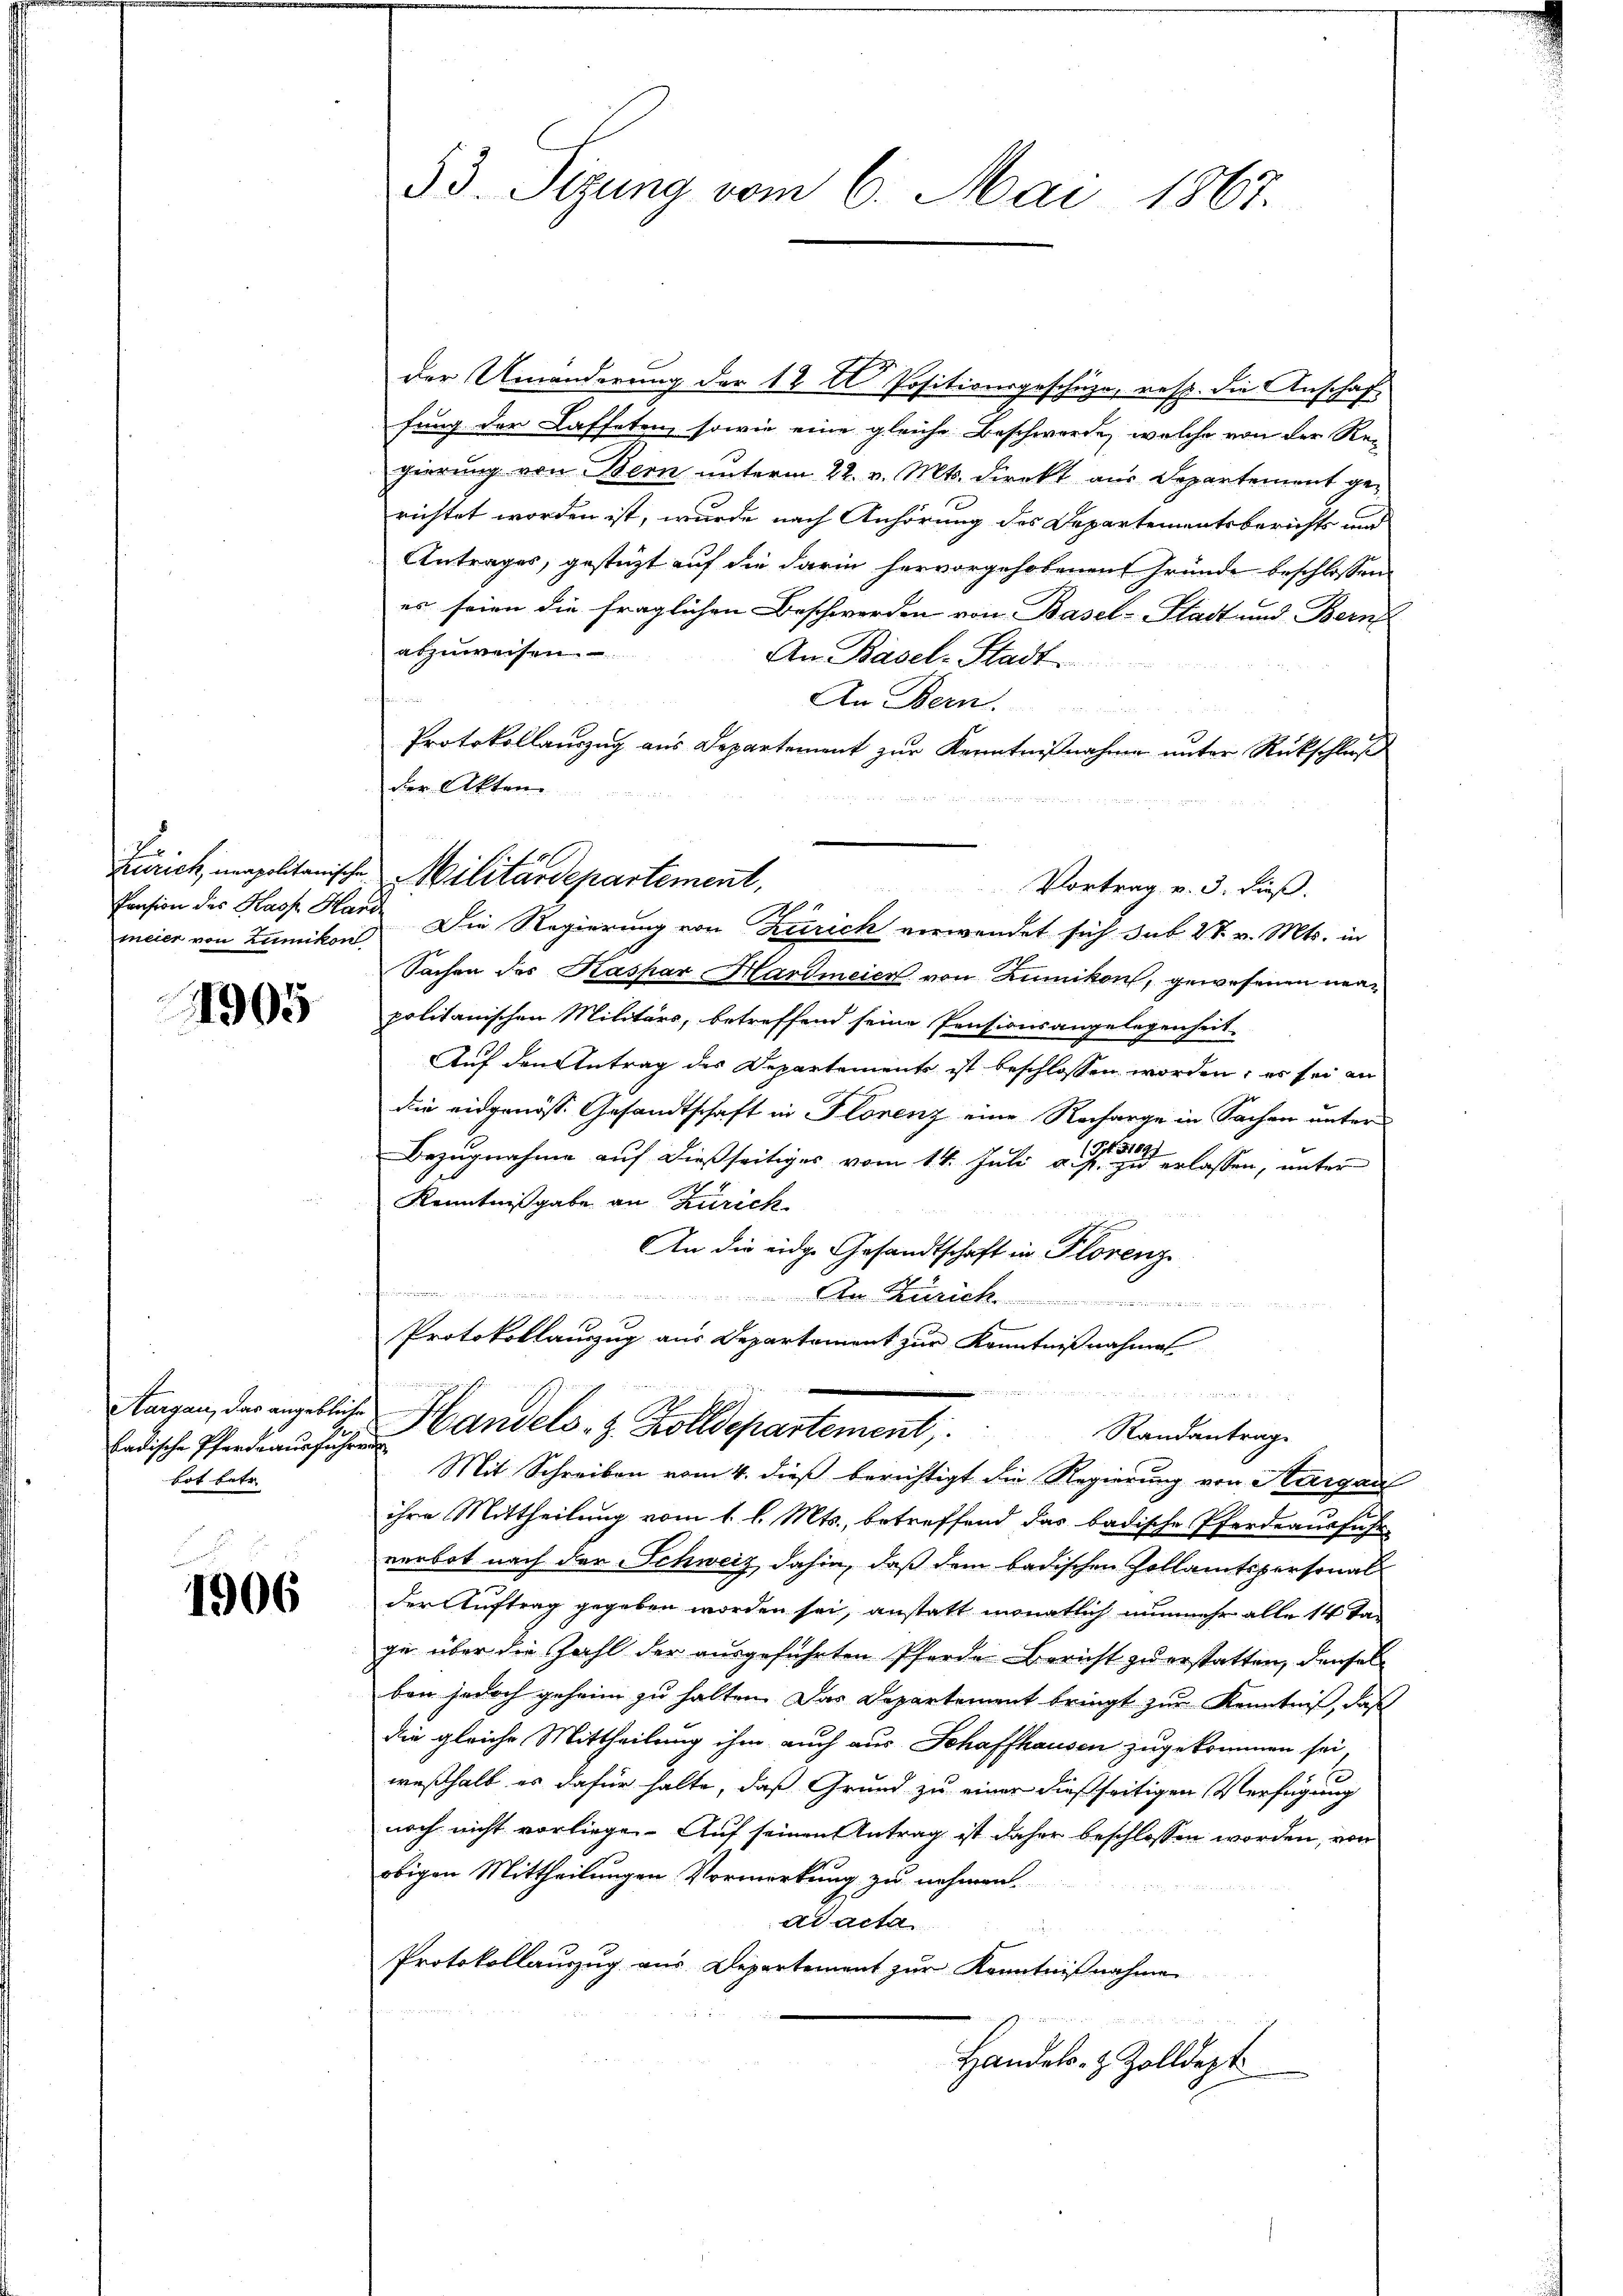
Pension des Kasp. Han
meier von Zumikon

1905

Aargau, das angebliche
Eadische Pfarre ausführe
bot betr.

1906.

53. Sitzung vom 6. Mai 1867.

der Umänderung der 12 t Positionsgeschäze, resp. die Anschaft
fung der Kaffeten, sowie eine gleiche Beschwerde, welche von der Re-
gierung von Bern unterm 22. v. Mts. direkt aus Departement gerichtet worden ist, wurde nach Anhörung des Departementsberichts und
Antrages, gestüzt auf die darin hervorgehobenen Gründe beschlossen
es seien die fraglichen Beschwerden von Basel-Stadt und Bern
abzuweisen.
An Basel-Stadt
An Bern.
u
Protokollauszug aus Departement zŭr Kenntniβnahme ŭnter Rückschluß
der Akten.
21
Die Regierung von Zürich verwendet sich sub 28. v. Mts. in
Sachen des Kaspar Hardmeier von Zumikon, gewesenen neupolitanischen Militärs, betreffend seine Pensionsangelegenheit-
Auf den Antrag des Departements ist beschlossen worden; es sei an
die eidgenösse Gesandtschaft in Florenz eine Recharge in Sachen unter
Bezugnahme auf dießseitiges vom 14. Juli gesten erlassen, unter
Kenntnißgabe an Zürich
An die eidge Gesandtschaft in Florenz
An Zürich
d
Protokollauszug aus Departement zur Kenntnißnahme
e
   4 f 0 x
Handels- & Zolldepartement
Randantrage
 Mit Schreiben vom 4. dieß berichtigt die Regierung von Aargau
ihre Mittheilung vom 1. l. Mts., betreffend das badische Pferdeausführ
verbot nach der Schweiz dahin, daß dem badischen Zollamtspersonal
der Auftrag gegeben worden sei, anstatt monatlich nunmehr alle 14 Tag
ge über die Zahl der ausgeführten Pferde Bericht zu erstatten, denselben jedoch geheim zu halten. Das Departement bringt zur Kenntniß, daß
die gleiche Mittheilung ihm auch aus Schaffhausen zugekommen sei
weßhalb es dafür halte, daß Grund zu einer dießseitigen Verfügung
noch nicht vorliege. Auf seinen Antrag ist daher beschlossen worden, von
obigen Mittheilungen Vormerkung zu nehmen.
ad acta
Die weiten
Protokollauszug aus Departement zur Kenntnißnahme
Handels- & Zolldept

Zürich, meapoltanische Militärdepartement,

Vortrag v. 3. dieß.